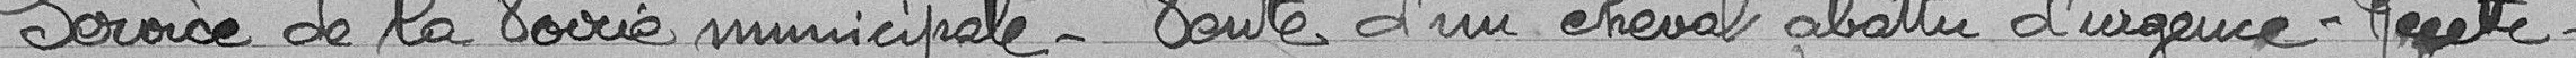
Service de la voirie Municipale - Vente d'un cheval abattu d'urgence - Recette